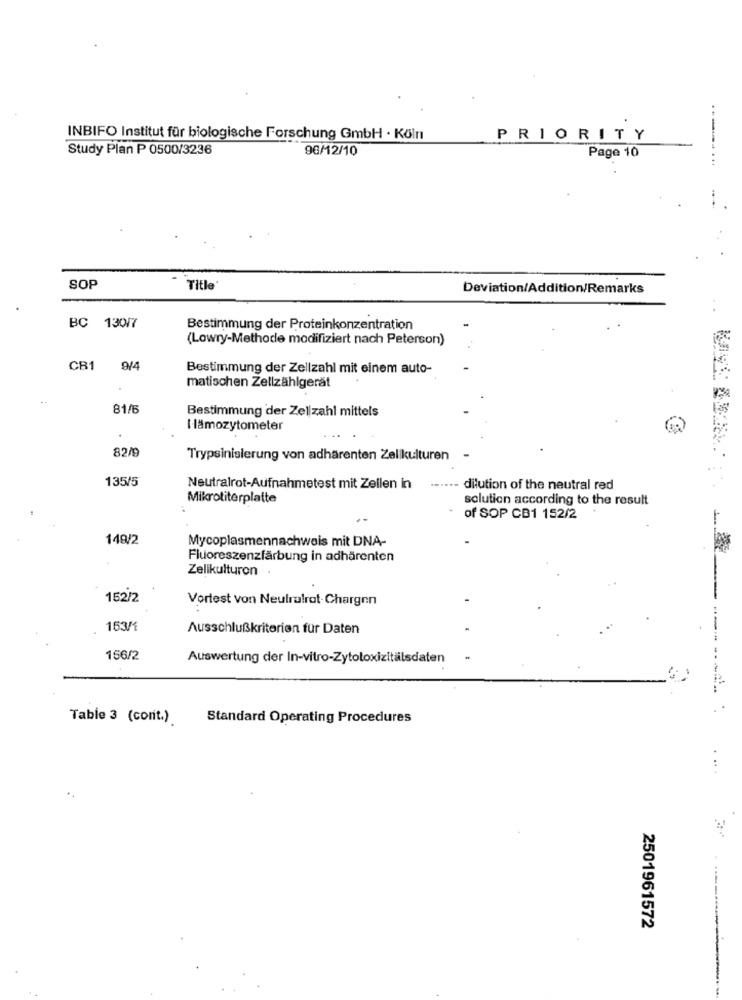
INBIFO Institut für biologische Forschung GmbH · Köln
PRIORITY
Study Plan P 0500/3236
96/12/10
Page 10
SOP
Title
Deviation/Addition/Remarks
BC 130/7
Bestimmung der Proteinkonzentration
(Lowry-Methode modifiziert nach Peterson)
CB1
9/4
Bestimmung der Zellzahl mit einem auto-
matischen Zellzählgerät
81/6
Bestimmung der Zellzahl mittels
H lämozytometer
82/9
Trypsinisierung von adhärenten Zelikulturen -
135/5
Neutralrot-Aufnahmetest mit Zeilen in
- dilution of the neutral red
Mikrotiterplatte
solution according to the result
of SOP CB1 152/2
148/2
Mycoplasmennachweis mit DNA-
Fluoreszenzfärbung in adhärenten
Zelikulturon
152/2
Vortest von Neutralrot-Chargen
153/1
Ausschlußkriterien für Daten
156/2
Auswertung der In-vitro-Zytotoxizitalsdaten
Table 3 (cont.)
Standard Operating Procedures
..
2501961572